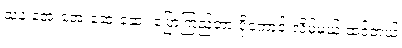
သူနဲ့ အေးအေးဆေးဆေး ပြောကြည့်တာ ပိုကောင်းလိမ့်မယ် ထင်တယ်